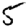
Digit: 5